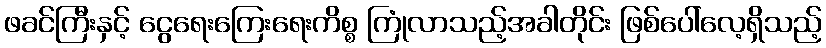
ဖခင်ကြီးနှင့် ငွေရေးကြေးရေးကိစ္စ ကြုံလာသည့်အခါတိုင်း ဖြစ်ပေါ်လေ့ရှိသည့်